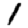
Digit: 1